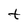
Character: t